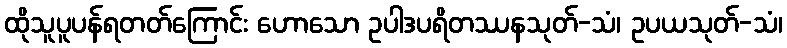
ထိုသူပူပန်ရတတ်ကြောင်း ဟောသော ဥပါဒပရိတဿနသုတ်-သံ၊ ဥပယသုတ်-သံ၊